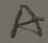
Text: A